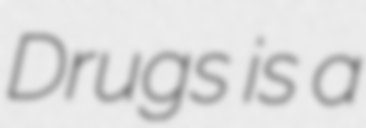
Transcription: Drugs is a